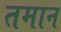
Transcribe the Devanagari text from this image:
तमान